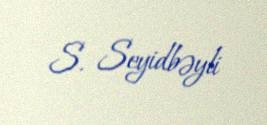
S. Seyidbəyli